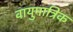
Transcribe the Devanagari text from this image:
वायुमात्रिक